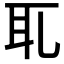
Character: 𦔮